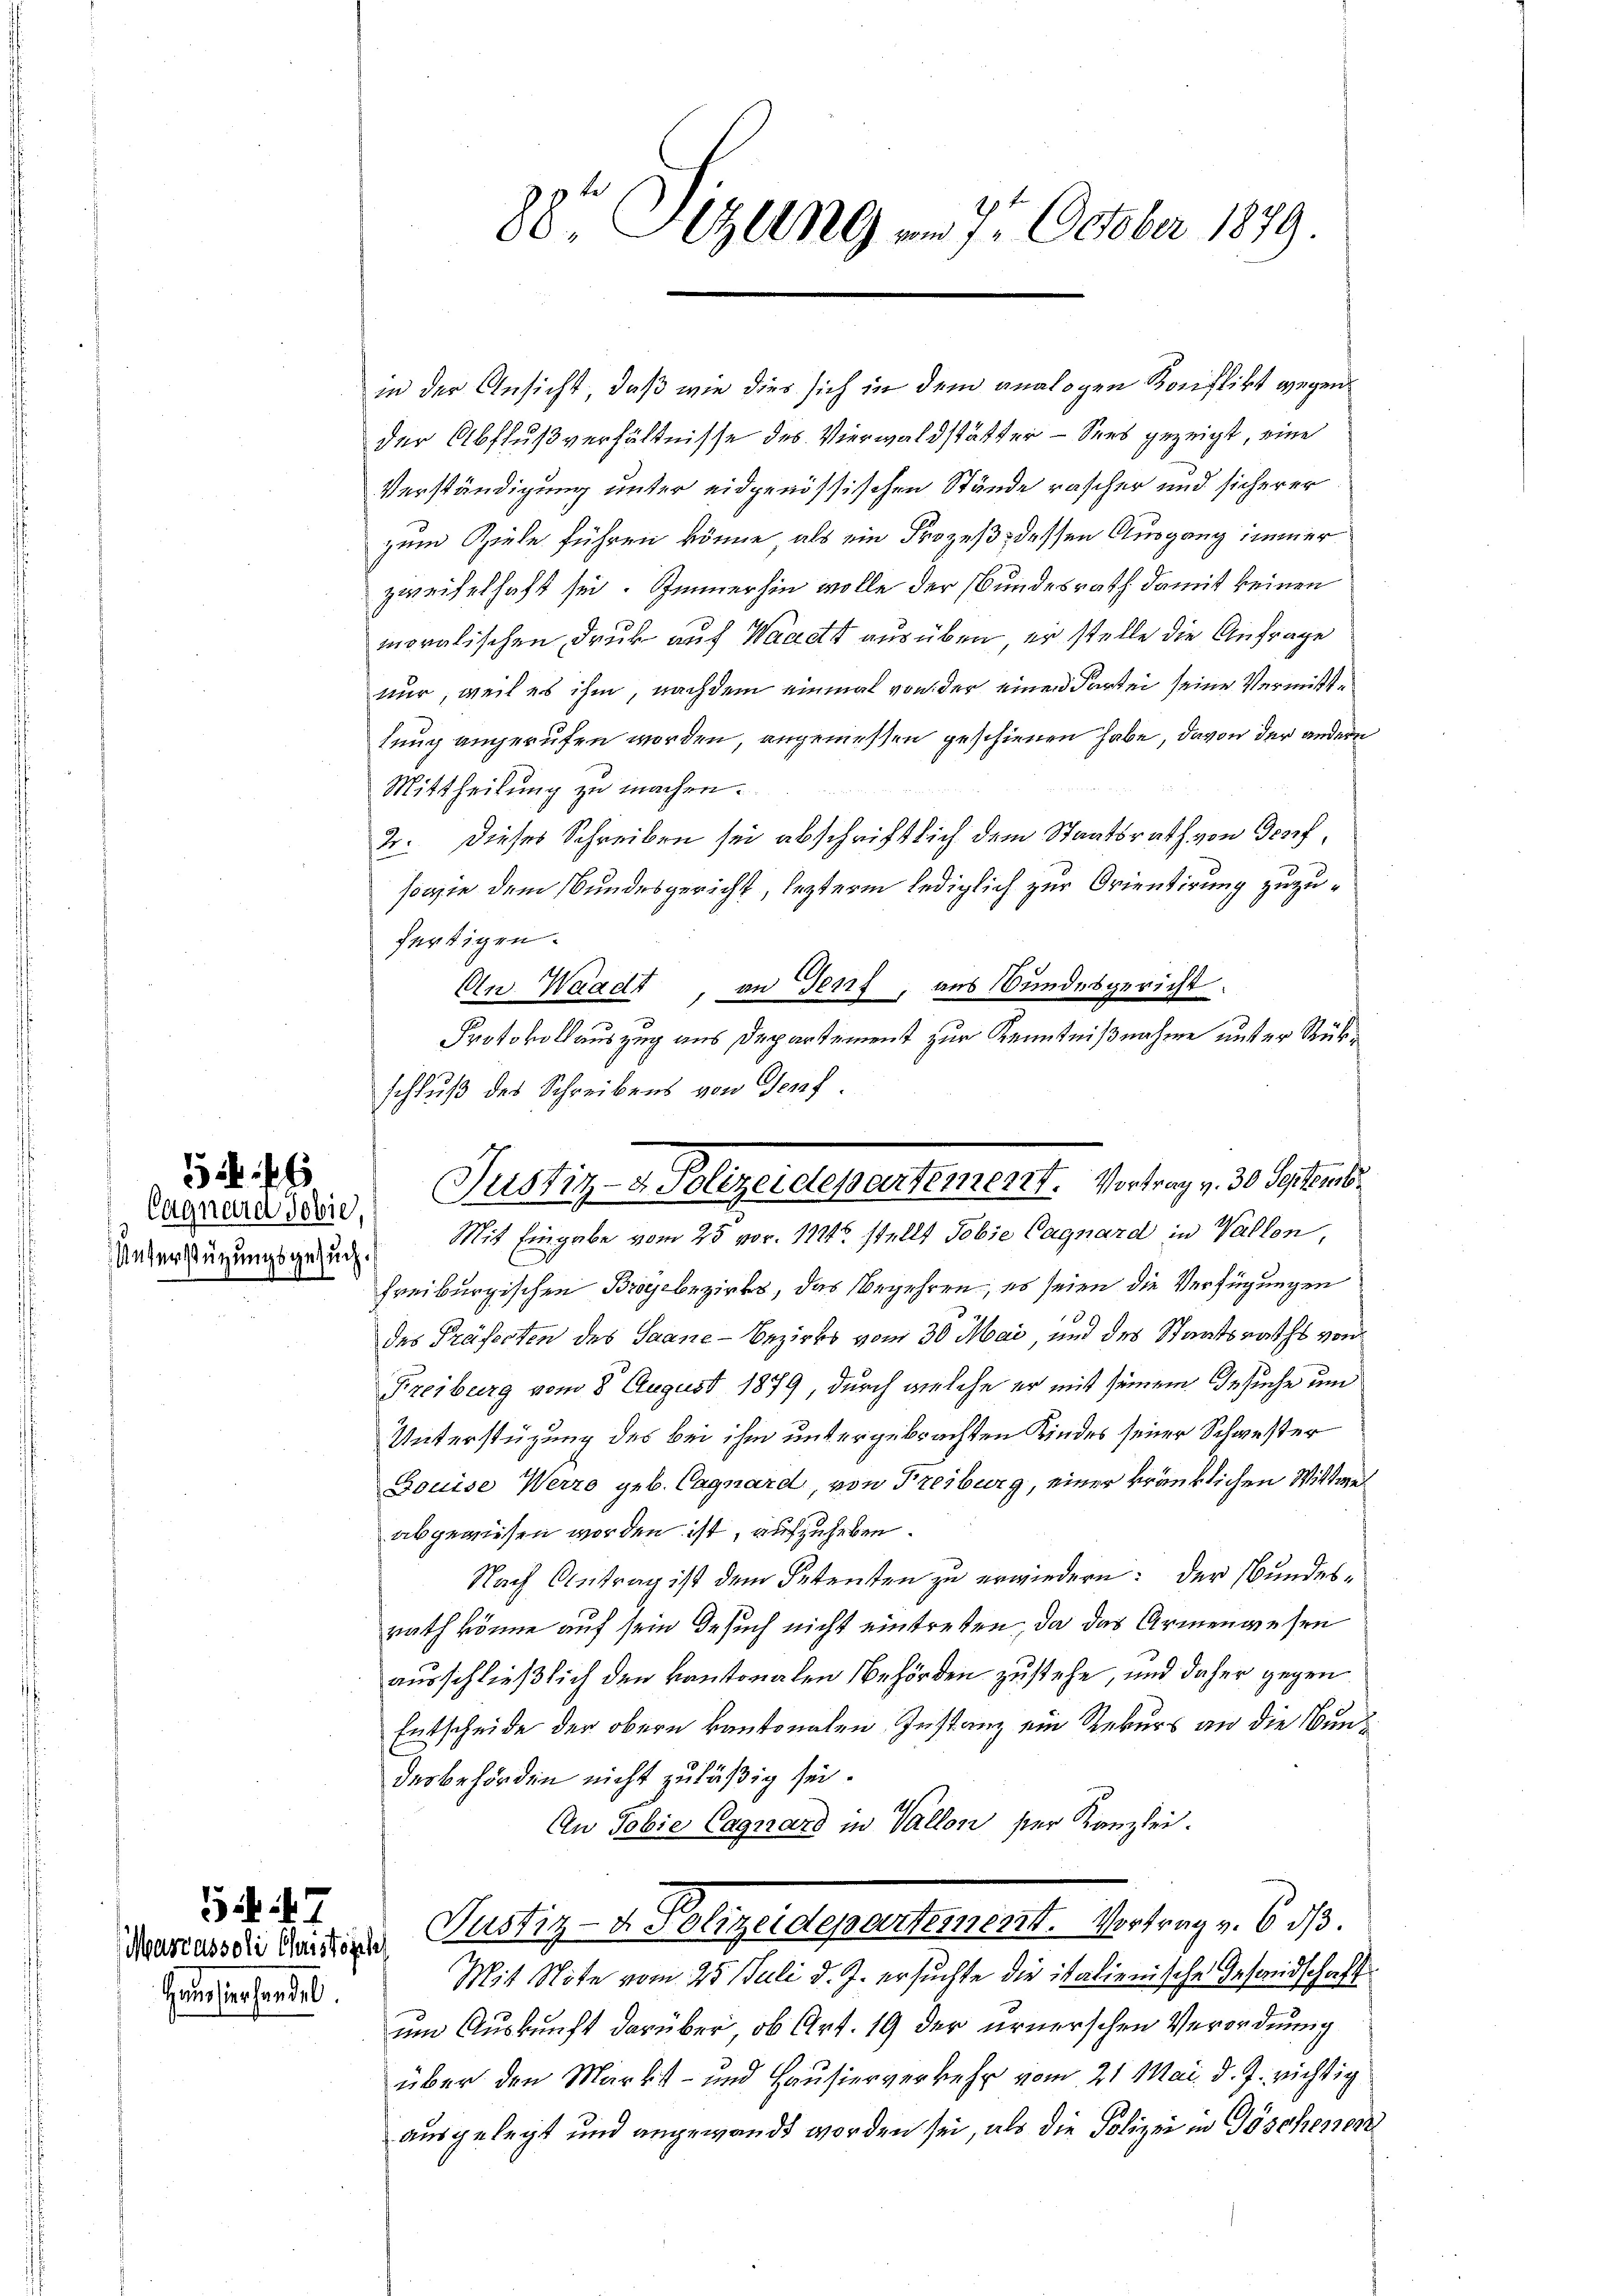
Cagnara Tobie,
Unterstützungsgesuch.

6

G 47

Hauserhandel.

88te Sitzung am 7. October 1879.

in der Ansicht, daß wie dies sich in dem analogen Konflikt gegen
der Abflußverhältnisse des Vierwaldstätter - Sees gezeigt, eine
Verständigung unter eidgenössischen Stände rascher und sicher er
zum Ziele führen könne, als ein Prozeß dessen Ausgang immer
zweifelhaft sei. Sinnerhin wolle der Bundesrath damit keinen
moralischen Druk auf Waadt ausüben, er stelle die Anfrage
nur, weil es ihm, nachdem einmal von der einen Partei seine Vermitttung angerufen worden, angemessen geschienen habe, davon der andern
Mittheilung zu machen.
2. Dieses Schreiben sei abschriftlich dem Staatsrath von Graf,
sowie dem Bundesgericht, lezterm lediglich zur Orientirung zuzufertigen.
An Waadt, an Genf, aus Bundesgericht
Protokollauszug aus Departement zur Kenntnißnahme unter Rükschluß des Schreibens von Genf.
Mit Eingabe vom 25 vor. 1121 stellt Tobie Cagnard in Wallen,
freiburgischen Broyebezirks, das Begehren, es seien die Verfügungen
des Präfecten des Saane-Bezirks vom 30. Mai, und des Staatsraths von
Freiburg vom 8. August 1879, durch welche er mit seinem Gesuche um
Unterstüzung des bei ihm untergebrachten Kindes seiner Schwester
Gouise Werro geb. Cagnard, von Freiburg, einer kränklichen Wittwel
abgewiesen worden ist, aufzuheben.
Nach Antrag ist dem Petenten zu erwiedern: der Bundesrath könne auf sein Besuch nicht eintreten, da das Armenwesen
ausschließlich den kantonalen Behörden zustehe, und daher gegen
Entscheide der obern kantonalen Instanz ein Rekurs an die Bundesbehörden nicht zuläßig sei.
An Tobie Cagnard in Vallon ser Kanzlei.
Mama die Beitrages Justiz- & Polizeidepartement. Vortrag v. 6. dß.
Mit Note vom 25. Juli d. J. ersuchte die italienische Gesandschaft
um Auskunft darüber, ob Art. 19 der ernerschen Verordnung
über den Markt- und Hausierverkehr vom 21 Mai d. J. richtig
ausgelegt und angewandt worden sei, als die Polizei in Göschenen

Justiz- & Polizeidepartement. Vortrag v. 30. Septen.